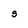
Character: S